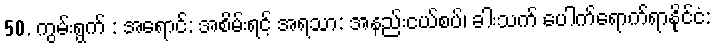
50. ကွမ်းရွက် : အရောင်: အစိမ်းရင့် အရသာ: အနည်းငယ်စပ်၊ ခါးသက် ပေါက်ရောက်ရာနိုင်ငံ: